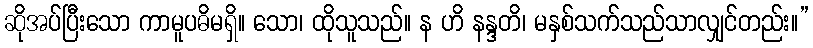
ဆိုအပ်ပြီးသော ကာမူပဓိမရှိ။ သော၊ ထိုသူသည်။ န ဟိ နန္ဒတိ၊ မနှစ်သက်သည်သာလျှင်တည်း။”